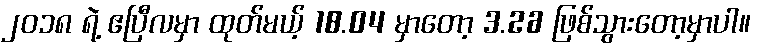
၂၀၁၈ ရဲ့ ဧပြီလမှာ ထုတ်မယ့် 18.04 မှာတော့ 3.26 ဖြစ်သွားတော့မှာပါ။